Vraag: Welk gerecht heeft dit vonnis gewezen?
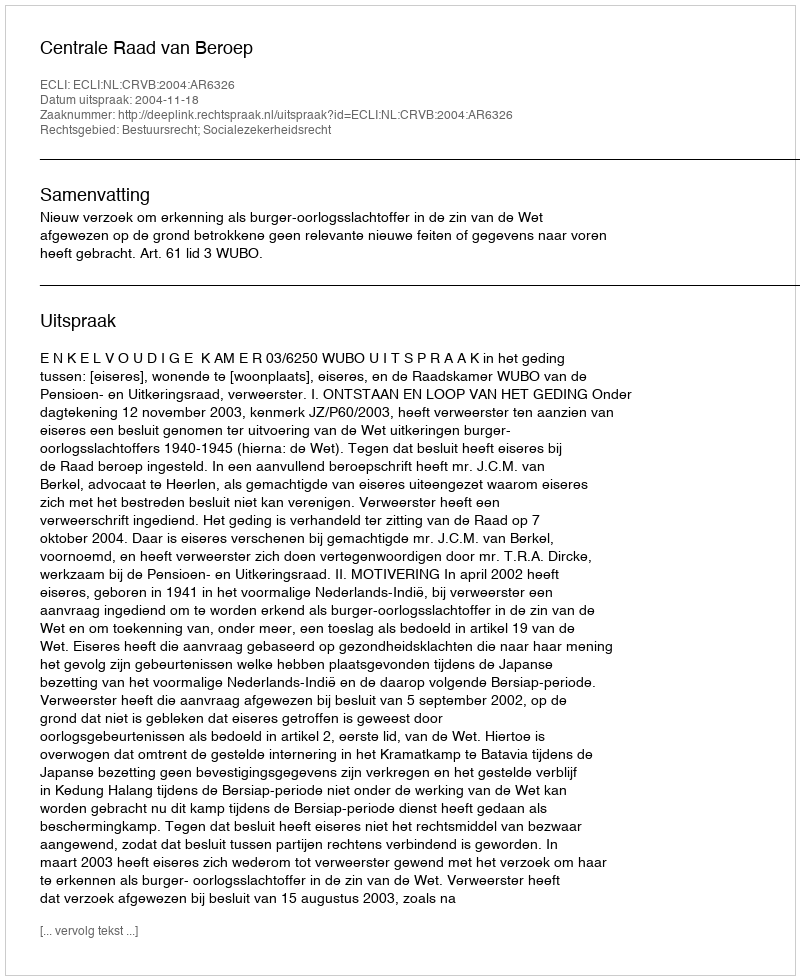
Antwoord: Centrale Raad van Beroep